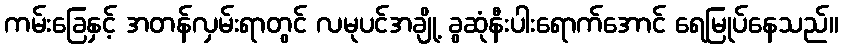
ကမ်းခြေနှင့် အတန်လှမ်းရာတွင် လမုပင်အချို့ ခွဆုံနီးပါးရောက်အောင် ရေမြုပ်နေသည်။